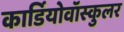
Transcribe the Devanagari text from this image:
कार्डियोवॉस्कुलर